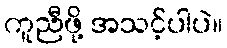
ကူညီဖို့ အသင့်ပါပဲ။